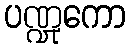
ပဏ္ဍုကော